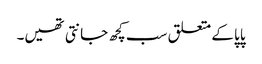
پاپا کے متعلق سب کچھ جانتی تھیں۔